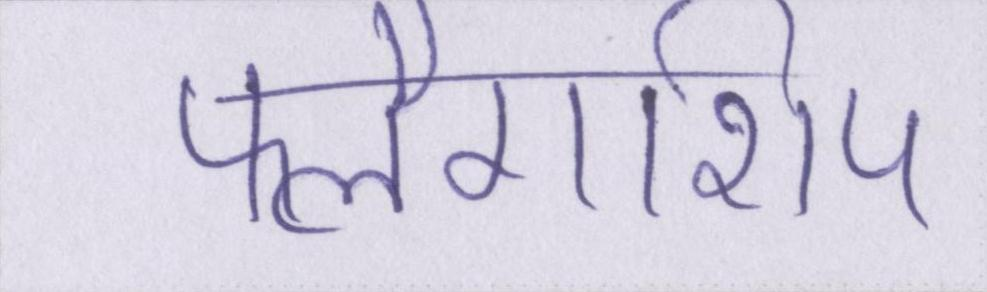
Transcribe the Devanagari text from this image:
फ्लैगशिप